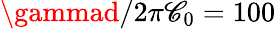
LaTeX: \gammad/2\pi\mathscr{C}_{0}=100